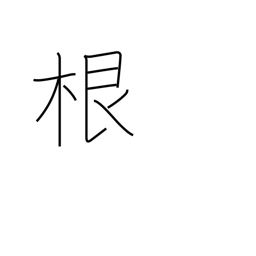
Meaning: root